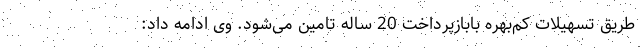
طریق تسهیلات کم‌بهره بابازپرداخت 20 ساله تامین می‌شود. وی ادامه داد: